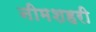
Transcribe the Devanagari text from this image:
नीमशहरी